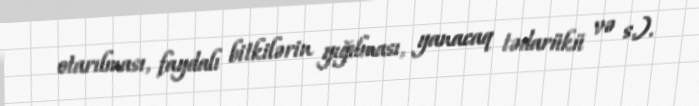
otarılması, faydalı bitkilərin yığılması, yanacaq tədarükü və s.).